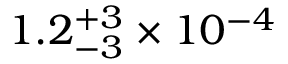
1 . 2 _ { - 3 } ^ { + 3 } \times 1 0 ^ { - 4 }